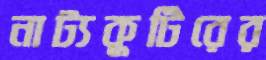
নাট্যকুটিরের